Madras plague regulations in force outside the Presidency town - Volume 5
Disease focus: Plague
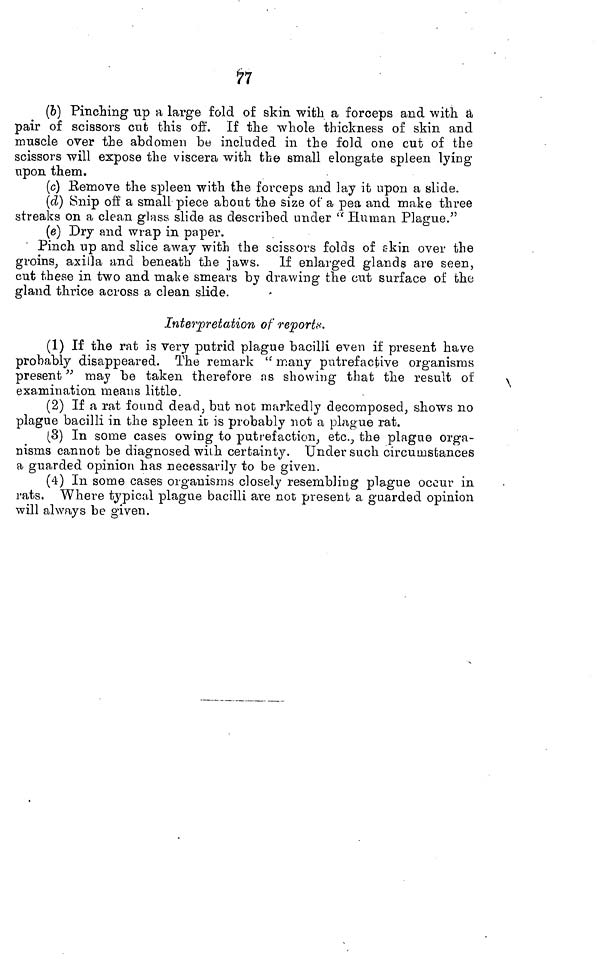
77
(b) Pinching up a large fold of skin with a forceps and with a
pair of scissors cut this off. If the whole thickness of skin and
muscle over the abdomen be included in the fold one cut of the
scissors will expose the viscera with the small elongate spleen lying
upon them.
(c) Remove the spleen with the forceps and lay it upon a slide.
(d) Snip off a small piece about the size of a pea and make three
streaks on a clean glass slide as described under " Human Plague."
(e) Dry and wrap in paper.
Pinch up and slice away with the scissors folds of skin over the
groins, axilla and beneath the jaws. If enlarged glands are seen,
cut these in two and make smears by drawing the cut surface of the
gland thrice across a clean slide.
Interpretation of reports.
(1) If the rat is very putrid plague bacilli even if present have
probably disappeared. The remark " many putrefactive organisms
present " may be taken therefore as showing that the result of
examination means little.
(2) If a rat found dead, but not markedly decomposed, shows no
plague bacilli in the spleen it is probably not a plague rat.
(3) In some cases owing to putrefaction, etc., the plague orga-
nisms cannot be diagnosed with certainty. Under such circumstances
a guarded opinion has necessarily to be given.
(4) In some cases organisms closely resembling plague occur in
rats. Where typical plague bacilli are not present a guarded opinion
will always be given.